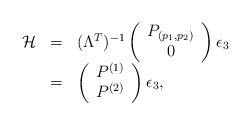
LaTeX: \begin{align*}\begin{array}{rcl}{\cal H} &=& (\Lambda^T)^{-1} \left(\begin{array}{c} P_{(p_1, p_2)}\\ 0\end{array}\right)\epsilon_3\\&=& \left(\begin{array}{c} P^{(1)}\\P^{(2)}\end{array}\right) \epsilon_3, \end{array}\end{align*}